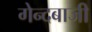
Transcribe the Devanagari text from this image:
गेन्दबाजी